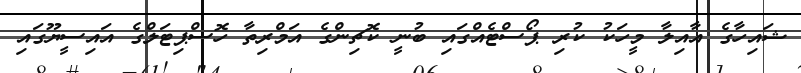
ޝައިހާގެ އާއިލާ މީހަކު ކުރި ޕޯސްޓެއްގައި ބުނީ ކޮޗިންގެ އަމްރިތާ ހޮސްޕިޓަލްގެ އައިސީޔޫގައި